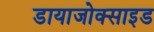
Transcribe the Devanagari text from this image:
डायाजोक्साइड